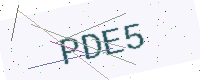
Text: PDE5